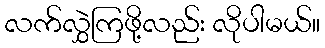
လက်လွှဲကြဖို့လည်း လိုပါမယ်။